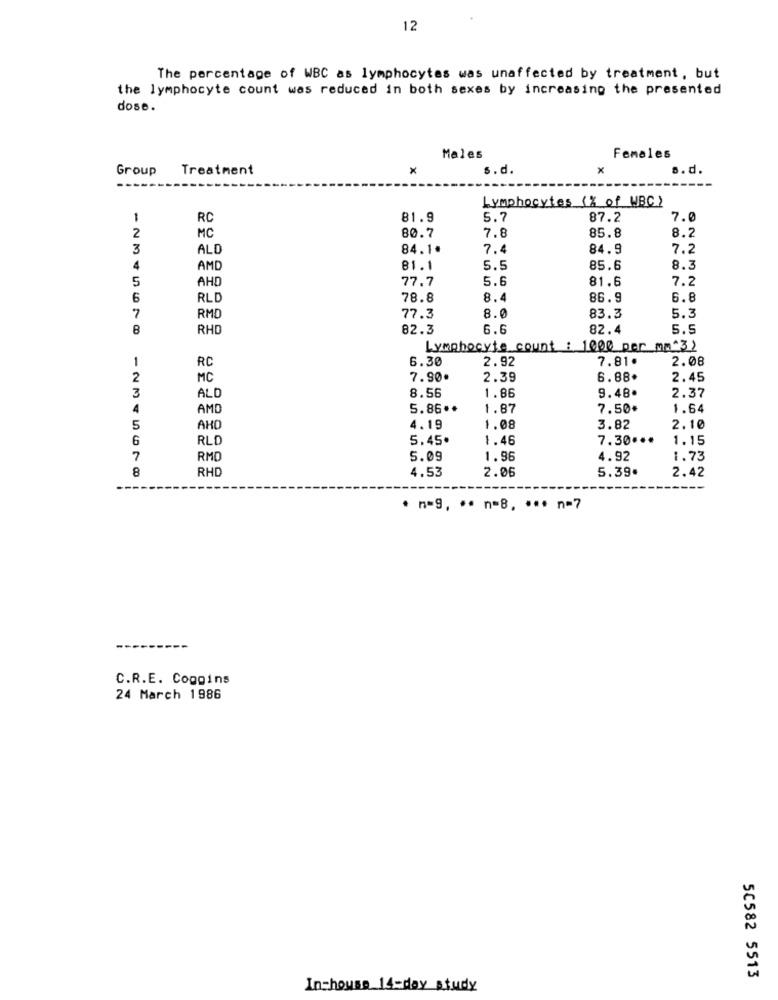
12
The percentage of WBC as lymphocytes was unaffected by treatment, but
the lymphocyte count was reduced in both sexes by increasing the presented
dose.
Males
Females
Group
Treatment
×
s.d.
x
s.d.
Lymphocytes (% of WBC)
1
RC
81.9
5.7
87.2
7.0
8.2
2
MC
80.7
7.8
85.8
3
ALD
84.1.
7.4
84.9
7.2
4
AMD
81.1
5.5
85.6
8.3
AHD
77.7
5.6
81.6
7.2
5
6
RLD
78.8
8.4
86.9
6.8
7
RMD
77.3
8.0
83.3
5.3
8
RHD
82.3
6.6
82.4
5.9
Lymphocyte count : 1000 per ma "3)
1
RC
6.30
2.92
7.81.
2.08
2
MC
7.90.
2.39
6.88.
2.45
3
ALD
1.86
8.56
9.48.
2.37
4
AMD
5.86 **
1.87
7.50+
1.64
5
AHO
4.19
1.08
3.82
2.10
6
RLO
5.45*
1.46
7.30 ...
1.15
7
RMC
5.09
1.96
4.92
1.73
8
RHD
4.53
2.06
5.39.
2.42
. n-9, ·· n=B. ··· n=7
C.R.E. Coggins
24 March 1986
50582 5513
In-house 14-day study